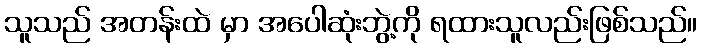
သူသည် အတန်းထဲ မှာ အပေါဆုံးဘွဲ့ကို ရထားသူလည်းဖြစ်သည်။